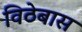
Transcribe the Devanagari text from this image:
विठेबास